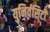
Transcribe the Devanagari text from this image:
युनिर्वसिटी